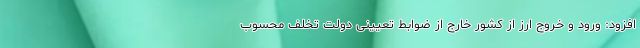
افزود: ورود و خروج ارز از کشور خارج از ضوابط تعیینی دولت تخلف محسوب